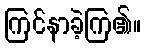
ကြင်နာခဲ့ကြ၏။